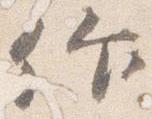
作